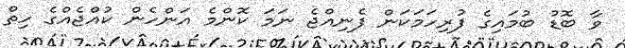
ވާ ބޮޑު ބުމައިގެ ފުރިހަމަކަން ފެނިއްޖެ ނަމަ ކޮންމެ އަންހެން ކުއްޖެއްގެ ހިތް